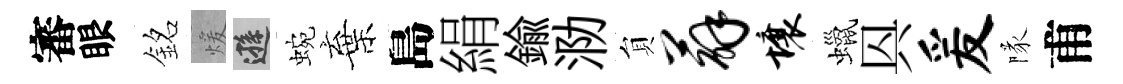
審眼銘煖遜蜿棄島絹鍮泐貟薜壤蠟㒷爰隊甫